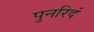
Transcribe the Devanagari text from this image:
पुनरिदं